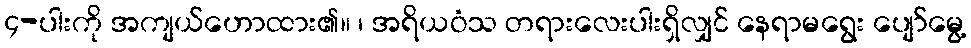
၄-ပါးကို အကျယ်ဟောထား၏။ ၊ အရိယဝံသ တရားလေးပါးရှိလျှင် နေရာမရွေး ပျော်မွေ့